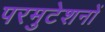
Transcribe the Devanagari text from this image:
परमुटेशनों